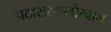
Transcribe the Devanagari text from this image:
पठाराखालोखाल